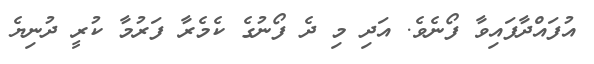
އުފައްދާފައިވާ ފޯނެެވެ. އަދި މި ދެ ފޯނުގެ ކެމެރާ ފަރުމާ ކުރީ ދުނިޔެ